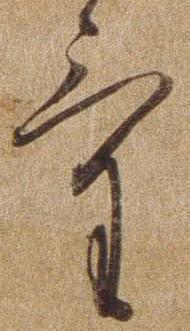
け